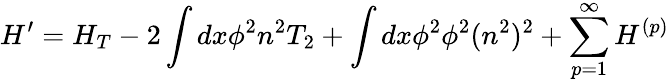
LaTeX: H^{\prime}=H_{T}-2\int dx\phi^{2}n^{2}T_{2}+\int dx\phi^{2}\phi^{2}(n^{2})^{2}+\sum_{p=1}^{\infty}H^{(p)}